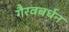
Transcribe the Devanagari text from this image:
गैरवबर्धन